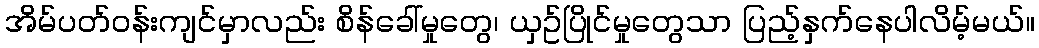
အိမ်ပတ်ဝန်းကျင်မှာလည်း စိန်ခေါ်မှုတွေ၊ ယှဥ်ပြိုင်မှုတွေသာ ပြည့်နှက်နေပါလိမ့်မယ်။